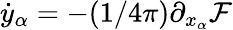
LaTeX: \dot{y}_{\alpha}=-(1/4\pi)\partial_{x_{\alpha}}\mathcal F